Annual report on the working of the lock hospitals in the Central Provinces
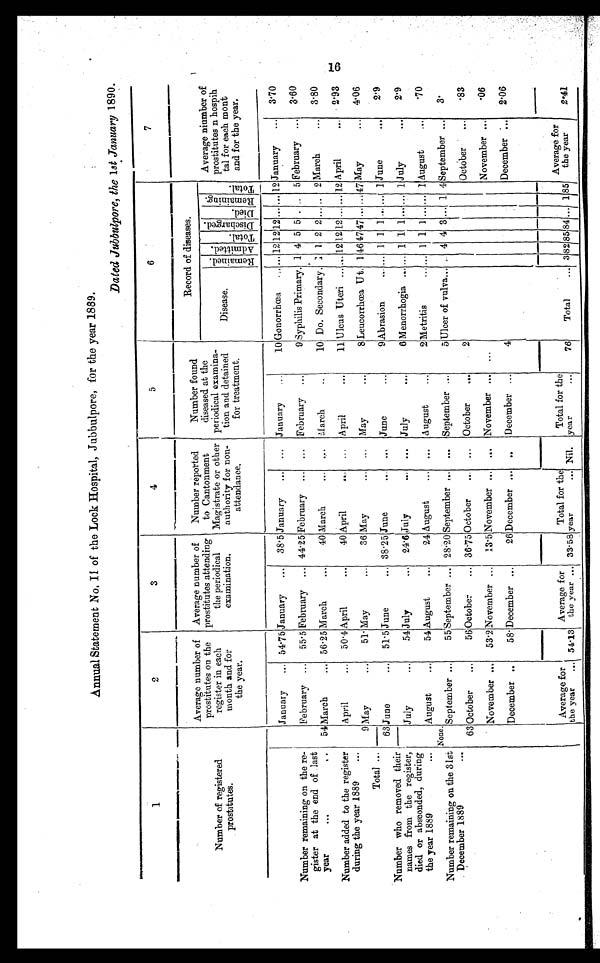
Annual Statement No. II of the Lock Hospital, Jubbulpore, for the year 1889.
Dated Jubbulpore, the 1st January 1890.
1
2
3
4
5
6
7
Number of registered
prostitutes.
Average number of
prostitutes on the
register in each
month and for
the year.
Average number of
prostitutes attending
the periodical
examination.
Number reported
to Cantonment
Magistrate or other
authority for non-
attendance.
Number found
diseased at the
periodical examina-
tion and detained
for treatment.
Record of diseases.
Disease.
R e m a i n e d . A d m i t t e d .
T o t a l .
D i s c h a r g e d .
Died.
R e m a i n i n g .
T o t a l .
Average niumber of
prostitutes n hospih
tal for each mont
and for the year.
January ... 54.75 January ... 38.5 January ... ... January ...
10 Gonorrhœa ... ... 12 12 12 ...
... 12 January ... 3.70
Number remaining on the re-
gister at the end of last
year
. . .
. . 54
February ... 55.5 February ... 44.25 February ... ... February ...
9 Syphilis Primary. 1 4 5 5 . ... 5 February ... 3.60
March
... 56.25 March
. . .
40 March
. . . ... March
..
10 Do. Secondary. 1 1 2 2 ... ... 2 March
... 3.80
Number added to the register
during the year 1889
. . .
9
April
... 50.4 April
. . .
40 April
... ... April
. . .
11 Uleus Uteri ... ... 12 12 12 ... ... 12 April
... 2.93
May
...
51. May
. . .
36 May
... ... May
. . .
8 Leucorrhœa Ut. 1 46 17 47 ... ... 47 May
... 4.06
Total ...
63 June
... 51.5 June
... 38.25 June
... . . . June
. . .
9 Abrasion
... ... 1 1 1 ... ... 1 June
... 2.9
Number who removed their
names from the register,
died or absconded, during
the year 1889
. . .
July
...
54 July
... 24.6 July
... ... July
. . .
6 Menorrhogia ... ... 1 1 1 ... ... 1 July
... 2.9
August
...
54 August
. . .
24 August
. . . . . . August . . .
2 Metritis
... . . . 1 1 1 ... ... 1 August
... .70
Number remaining on the 31st
December 1889
...
None.
September ...
5 5 September . . .
28.20 September . . . ... September ...
5 Ulcer of vulva... . . . 4 4 3 .... 1 4 September ... 3 .
63 October ...
5 6
October . . .
36.75 October
. . . ... October ...
2
October ... .83
November ... 53.2November ... 13.5 November ... ... November . . . ...
November ... .06
December ..
58. December ...
26 December ... .. December ...
4
December ... 2.06
Average for
the year ... 4.13
Average for
the year . . . 33.58
Tatal for the
y e a r
. . .
Nil.
Total for the
year
...
76 Total
... 3 82 85 84 ... 1
8 5
Average for
the year
2.41